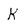
Character: k